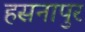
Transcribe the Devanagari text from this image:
हसनापुर